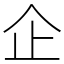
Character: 企